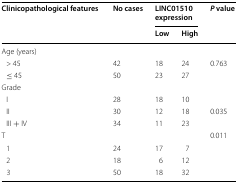
<table><thead><tr><td rowspan="2"><b>Clinicopathological features</b></td><td rowspan="2"><b>No cases</b></td><td colspan="2"><b>LINC01510 expression</b></td><td rowspan="2"><b><i>P</i> value</b></td></tr><tr><td><b>Low</b></td><td><b>High</b></td></tr></thead><tbody><tr><td colspan="5">Age (years)</td></tr><tr><td> &gt; 45</td><td>42</td><td>18</td><td>24</td><td>0.763</td></tr><tr><td> ≤ 45</td><td>50</td><td>23</td><td>27</td><td></td></tr><tr><td colspan="5">Grade</td></tr><tr><td> I</td><td>28</td><td>18</td><td>10</td><td></td></tr><tr><td> II</td><td>30</td><td>12</td><td>18</td><td>0.035</td></tr><tr><td> III + IV</td><td>34</td><td>11</td><td>23</td><td></td></tr><tr><td colspan="4">T</td><td>0.011</td></tr><tr><td> 1</td><td>24</td><td>17</td><td>7</td><td></td></tr><tr><td> 2</td><td>18</td><td>6</td><td>12</td><td></td></tr><tr><td> 3</td><td>50</td><td>18</td><td>32</td><td></td></tr></tbody></table>